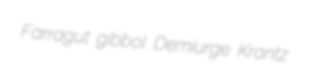
Farragut gibbol Demiurge Krantz